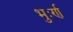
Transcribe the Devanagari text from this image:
भुःर्ण